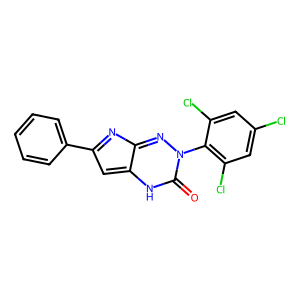
SMILES: O=c1[nH]c2cc(-c3ccccc3)nc-2nn1-c1c(Cl)cc(Cl)cc1Cl
Inhibits HIV replication: No